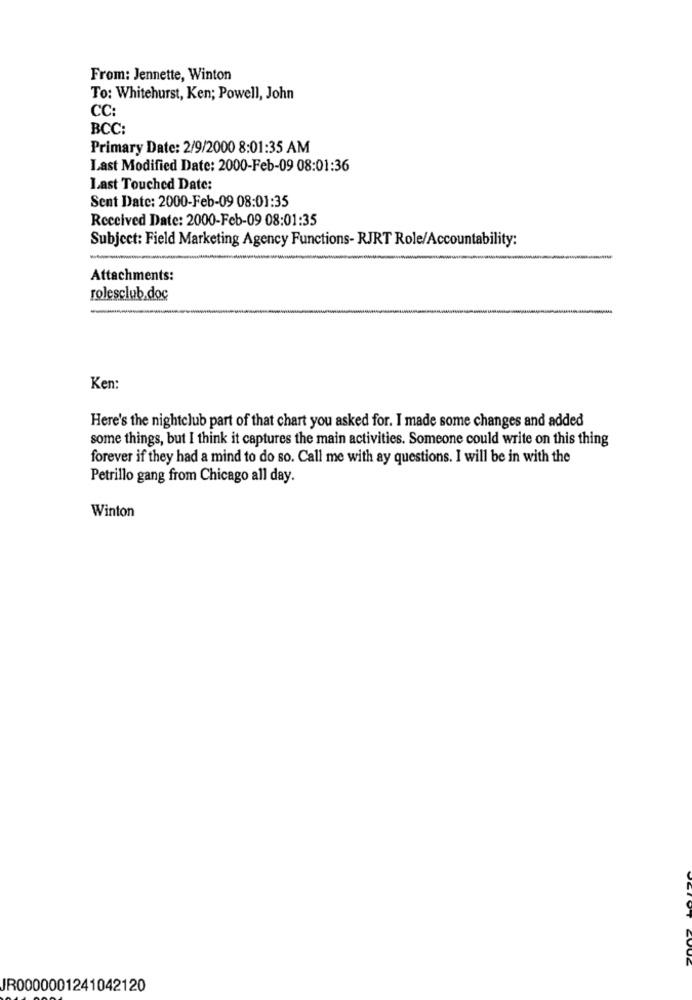
From: Jennette, Winton
To: Whitehurst, Ken; Powell, John
CC:
BCC:
Primary Date: 2/9/2000 8:01:35 AM
Last Modified Date: 2000-Feb-09 08:01:36
Last Touched Date:
Sent Date: 2000-Feb-09 08:01:35
Received Date: 2000-Feb-09 08:01:35
Subject: Field Marketing Agency Functions- RJRT Role/Accountability:
Attachments:
rolesclub.doc
Ken:
Here's the nightclub part of that chart you asked for. I made some changes and added
some things, but I think it captures the main activities. Someone could write on this thing
forever if they had a mind to do so. Call me with ay questions. I will be in with the
Petrillo gang from Chicago all day.
Winton
IR0000001241042120